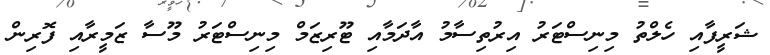
ޝަރީފާއި ހެލްތު މިނިސްޓަރު އިރުތިސާމު އާދަމާއި ޓޫރިޒަމް މިނިސްޓަރު މޫސާ ޒަމީރާއި ފޮރިން